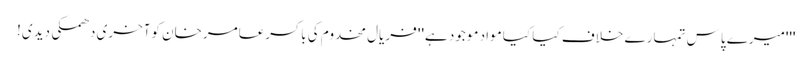
'''میرے پاس تمہارے خلاف کیا کیا مواد موجود ہے'' فریال مخدوم کی باکسرعامرخان کوآخری دھمکی دیدی!